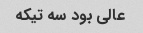
عالی بود سه تیکه